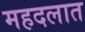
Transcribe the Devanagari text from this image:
महदलात